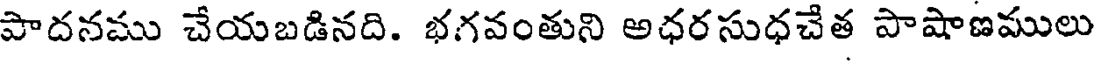
పాదనము చేయబడినది. భగవంతుని అధరసుధచేత పాషాణములు